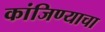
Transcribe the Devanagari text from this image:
कांजिण्याचा